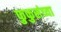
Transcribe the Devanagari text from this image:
फुफुसंच्या